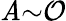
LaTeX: \mathit{A}{\sim}\mathcal{{O}}